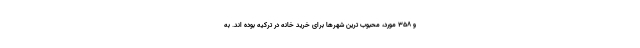
و ۳۵۸ مورد، محبوب ترین شهرها برای خرید خانه در ترکیه بوده اند. به